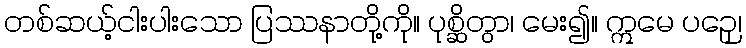
တစ်ဆယ့်ငါးပါးသော ပြဿနာတို့ကို။ ပုစ္ဆိတွာ၊ မေး၍။ ဣမေ ပဉှေ၊